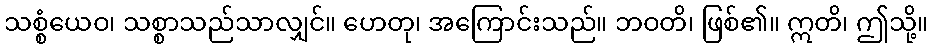
သစ္စံယေဝ၊ သစ္စာသည်သာလျှင်။ ဟေတု၊ အကြောင်းသည်။ ဘဝတိ၊ ဖြစ်၏။ ဣတိ၊ ဤသို့။